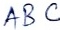
Text: ABC